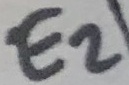
Text: E2